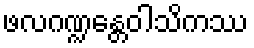
ဖလဂဏ္ဍန္တေဝါသိကဿ